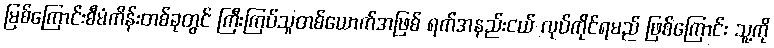
မြစ်ကြောင်းစီမံကိန်းတစ်ခုတွင် ကြီးကြပ်သူတစ်ယောက်အဖြစ် ရက်အနည်းငယ် လုပ်ကိုင်ရမည် ဖြစ်ကြောင်း သူ့ကို